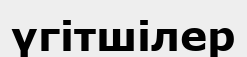
үгітшілер